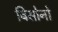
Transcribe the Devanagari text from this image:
बिसोनो